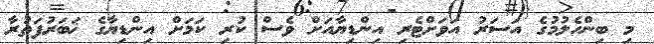
މި ބިންހެލުމުގެ އަސަރު އަވަށްޓެރި އިންޑިޔާއަށް ވެސް ކުރި ކަމަށް އިންޑިޔާގެ ޚަބަރުފަތުރާ